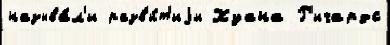
называ́л'и разв'и́т'иjи Хуана Р'ичардс